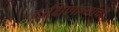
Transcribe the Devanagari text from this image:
दाक्षिणात्यांची